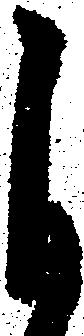
自